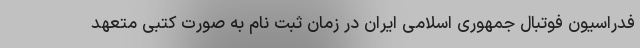
فدراسیون فوتبال جمهوری اسلامی ایران در زمان ثبت نام به صورت کتبی متعهد